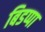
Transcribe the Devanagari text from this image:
बिडप्पा